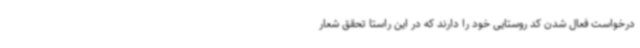
درخواست فعال شدن کد روستایی خود را دارند که در این راستا تحقق شعار